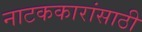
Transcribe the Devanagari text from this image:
नाटककारांसाठी